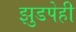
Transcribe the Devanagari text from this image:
झुडपेही